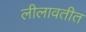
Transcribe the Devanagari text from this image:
लीलावतीत